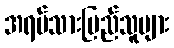
အရပ်သားပြည်သူများ